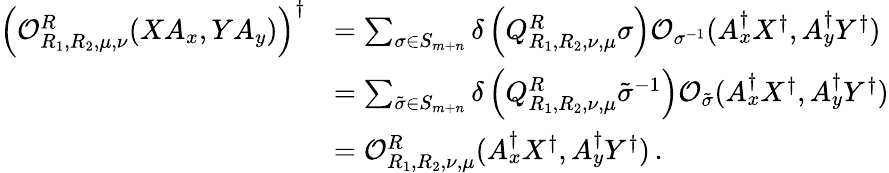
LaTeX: \begin{array}{rl}{\left(\mathcal{O}_{R_{1},R_{2},\mu,\nu}^{R}(XA_{x},YA_{y})\right)^{\dagger}}&{=\sum_{\sigma\in S_{m+n}}\delta\left(Q_{R_{1},R_{2},\nu,\mu}^{R}\sigma\right)\mathcal{O}_{\sigma^{-1}}(A_{x}^{\dagger}X^{\dagger},A_{y}^{\dagger}Y^{\dagger})}\\ &{=\sum_{\tilde{\sigma}\in S_{m+n}}\delta\left(Q_{R_{1},R_{2},\nu,\mu}^{R}\tilde{\sigma}^{-1}\right)\mathcal{O}_{\tilde{\sigma}}(A_{x}^{\dagger}X^{\dagger},A_{y}^{\dagger}Y^{\dagger})}\\ &{=\mathcal{O}_{R_{1},R_{2},\nu,\mu}^{R}(A_{x}^{\dagger}X^{\dagger},A_{y}^{\dagger}Y^{\dagger})\, .}\end{array}